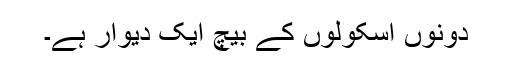
دونوں اسکولوں کے بیچ ایک دیوار ہے۔